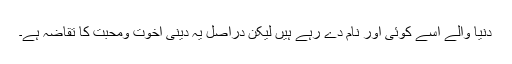
دنیا والے اسے کوئی اور نام دے رہے ہیں لیکن دراصل یہ دینی اخوت ومحبت کا تقاضہ ہے۔